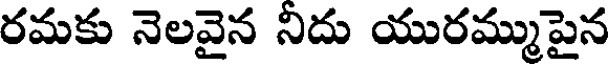
రమకు నెలవైన నిదు యురమ్ముపైన